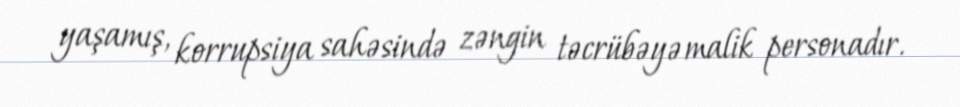
yaşamış, korrupsiya sahəsində zəngin təcrübəyə malik personadır.